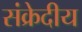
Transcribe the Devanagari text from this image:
संक्रेदीय